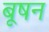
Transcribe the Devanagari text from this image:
बूषन